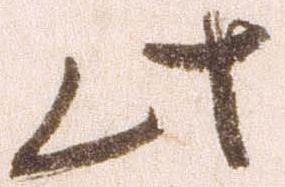
此